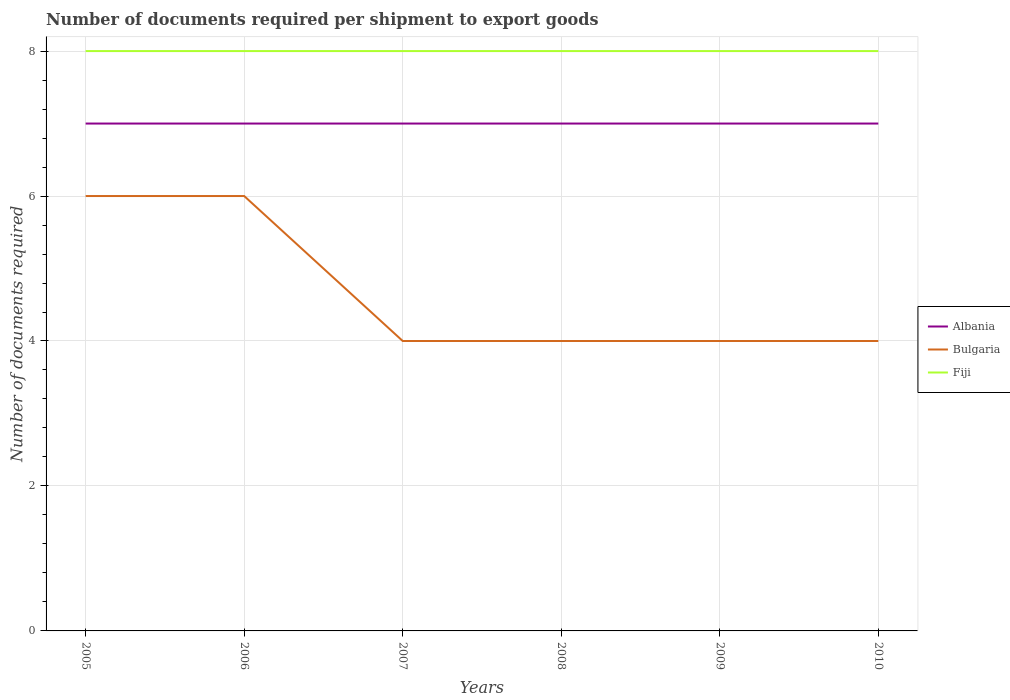
| Years | Albania | Bulgaria | Fiji |
 | --- | --- | --- | --- |
 | 2005 | 7 | 6 | 8 |
 | 2006 | 7 | 6 | 8 |
 | 2007 | 7 | 4 | 8 |
 | 2008 | 7 | 4 | 8 |
 | 2009 | 7 | 4 | 8 |
 | 2010 | 7 | 4 | 8 |